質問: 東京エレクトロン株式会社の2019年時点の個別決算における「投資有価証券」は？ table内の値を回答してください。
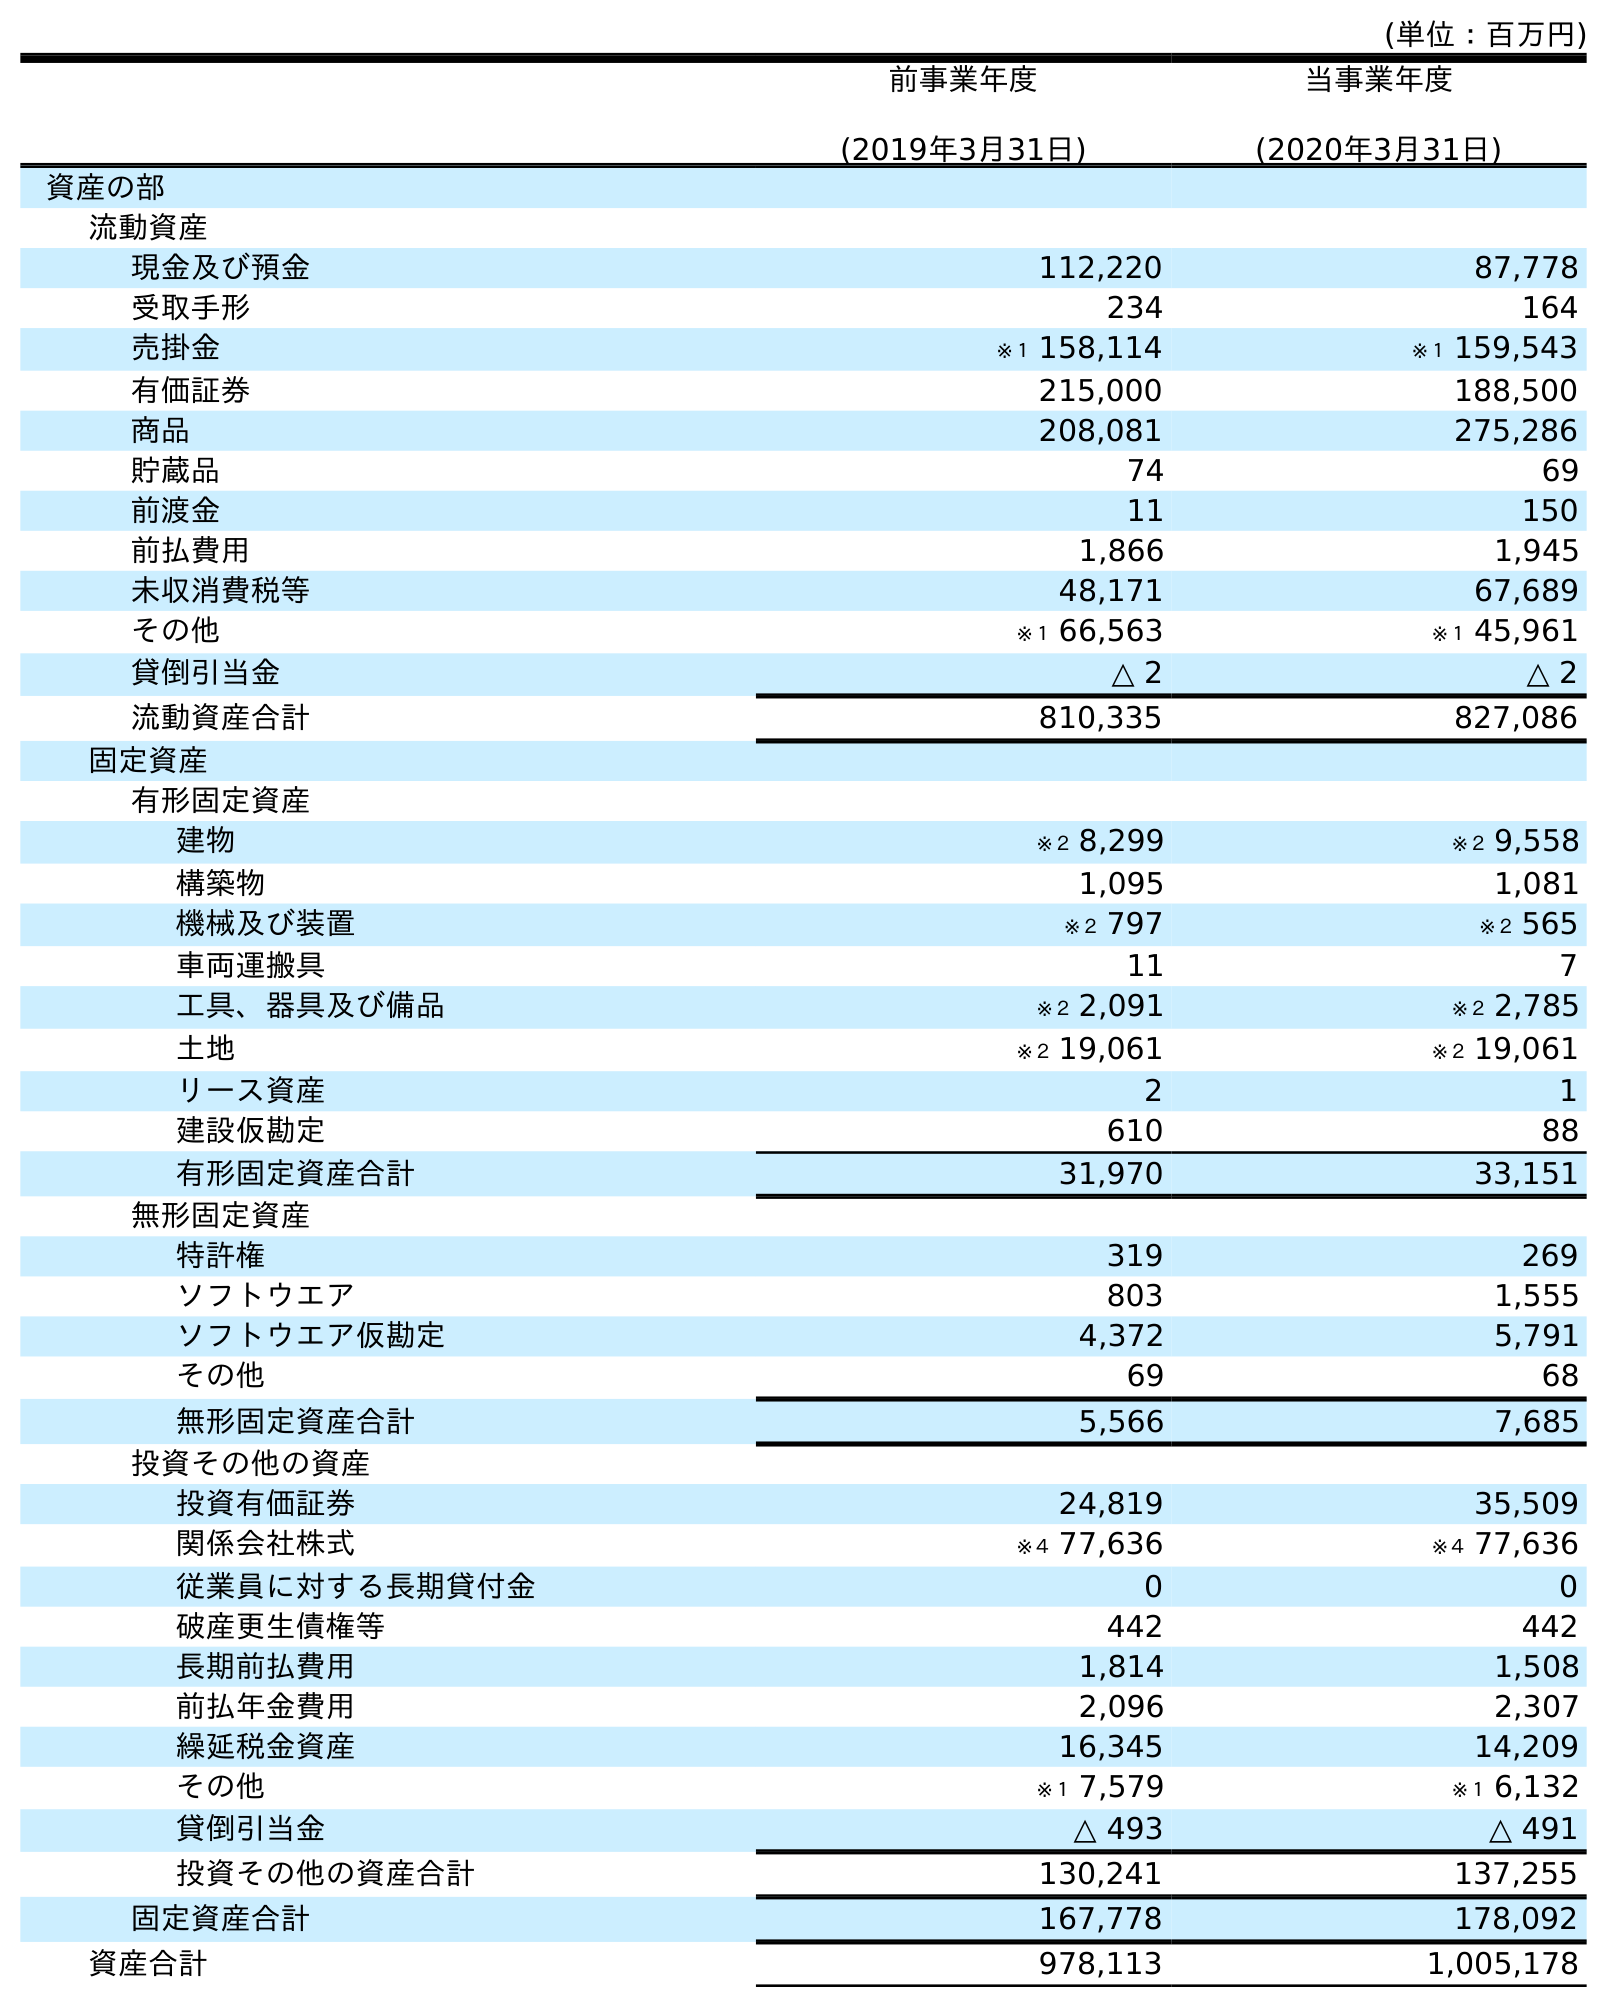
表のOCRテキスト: (単位：百万円) 前事業年度 (2019年3月31日) 当事業年度 (2020年3月31日) 資産の部 流動資産 現金及び預金 112,220 87,778 受取手形 234 164 売掛金 ※１ 158,114 ※１ 159,543 有価証券 215,000 188,500 商品 208,081 275,286 貯蔵品 74 69 前渡金 11 150 前払費用 1,866 1,945 未収消費税等 48,171 67,689 その他 ※１ 66,563 ※１ 45,961 貸倒引当金 △ 2 △ 2 流動資産合計 810,335 827,086 固定資産 有形固定資産 建物 ※２ 8,299 ※２ 9,558 構築物 1,095 1,081 機械及び装置 ※２ 797 ※２ 565 車両運搬具 11 7 工具、器具及び備品 ※２ 2,091 ※２ 2,785 土地 ※２ 19,061 ※２ 19,061 リース資産 2 1 建設仮勘定 610 88 有形固定資産合計 31,970 33,151 無形固定資産 特許権 319 269 ソフトウエア 803 1,555 ソフトウエア仮勘定 4,372 5,791 その他 69 68 無形固定資産合計 5,566 7,685 投資その他の資産 投資有価証券 24,819 35,509 関係会社株式 ※４ 77,636 ※４ 77,636 従業員に対する長期貸付金 0 0 破産更生債権等 442 442 長期前払費用 1,814 1,508 前払年金費用 2,096 2,307 繰延税金資産 16,345 14,209 その他 ※１ 7,579 ※１ 6,132 貸倒引当金 △ 493 △ 491 投資その他の資産合計 130,241 137,255 固定資産合計 167,778 178,092 資産合計 978,113 1,005,178
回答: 24,819